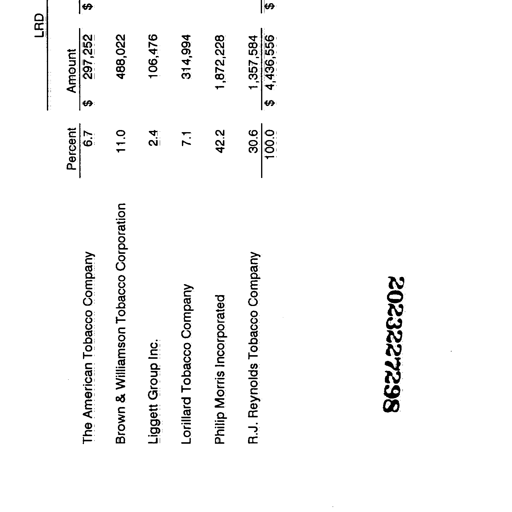
Transcript:
LRD
Percent
Amount
$
$
$
The American Tobacco Company
6.7
$
297,252
$
Brown & Williamson Tobacco Corporation
11.0
488,022
Liggett Group Inc.
2.4
106,476
Lorillard Tobacco Company
7.1
314,994
Philip Morris Incorporated
42.2
1,872,228
R.J. Reynolds Tobacco Company
30.6
1,357,584
100.0
$ 4,436,556
$
862422202